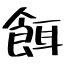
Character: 餌